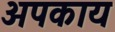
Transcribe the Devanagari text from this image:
अपकाय